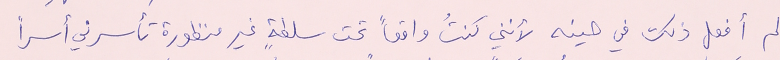
لم أفعل ذلك في حينه لأنني كنتُ واقعاً تحت سلطةٍ غير منظورة تأسرني أسراً